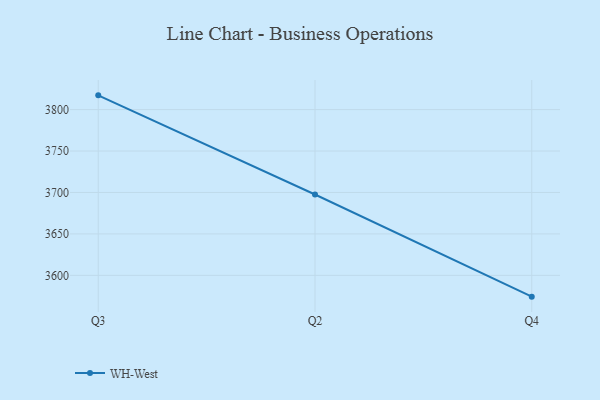
{"axis": {"x": "Quarter", "y": "Energy Usage (MWh)"}, "legend": ["WH-West"], "data": [{"x": "Q3", "y": 3817.2, "type": "WH-West"}, {"x": "Q2", "y": 3697.6, "type": "WH-West"}, {"x": "Q4", "y": 3574.3, "type": "WH-West"}]}